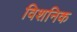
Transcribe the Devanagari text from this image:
विशनिक